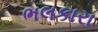
ભલકારા